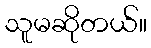
သူမဆိုတယ်။